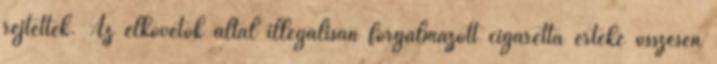
rejtették. Az elkövetők által illegálisan forgalmazott cigaretta értéke összesen